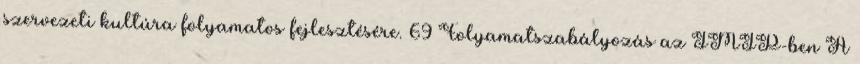
szervezeti kultúra folyamatos fejlesztésére. 69 Folyamatszabályozás az IMIP-ben A